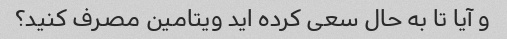
و آیا تا به حال سعی کرده اید ویتامین مصرف کنید؟